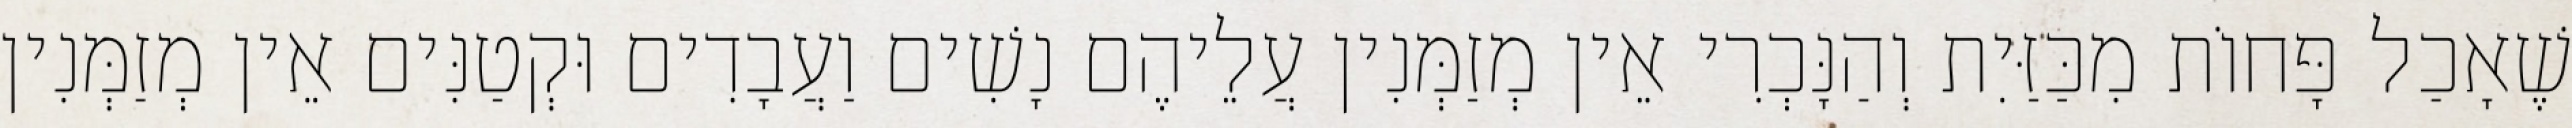
שֶׁאָכַל פָּחוֹת מִכַּזַּיִת וְהַנָּכְרִי אֵין מְזַמְּנִין עֲלֵיהֶם נָשִׁים וַעֲבָדִים וּקְטַנִּים אֵין מְזַמְּנִין